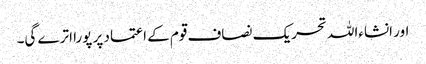
اور انشاءاللہ تحریک نصاف قوم کے اعتماد پر پورا اترے گی۔